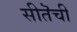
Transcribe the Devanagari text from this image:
सीतॆची